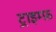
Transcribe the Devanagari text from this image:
ट्राइम्फ़